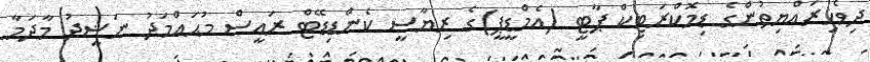
ދިވެހިރައްޔިތުންގެ ޑިމޮކްރަޓިކް ޕާޓީ (އެމްޑީޕީ)ގެ ރިޔާސީ ކެންޑިޑޭޓް ރައީސް މުޙައްމަދު ނަޝީދު މާދަމާ